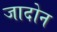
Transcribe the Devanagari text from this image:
जादोन